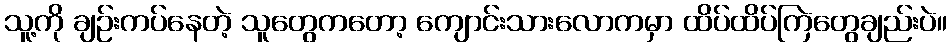
သူ့ကို ချဉ်းကပ်နေတဲ့ သူတွေကတော့ ကျောင်းသားလောကမှာ ထိပ်ထိပ်ကြဲတွေချည်းပဲ။